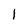
Character: 1